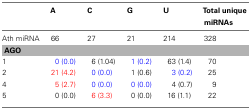
<table><thead><tr><td></td><td><b>A</b></td><td><b>C</b></td><td><b>G</b></td><td><b>U</b></td><td><b>Total unique miRNAs</b></td></tr></thead><tbody><tr><td>Ath miRNA</td><td>66</td><td>27</td><td>21</td><td>214</td><td>328</td></tr><tr><td colspan="6"><b>AGO</b></td></tr><tr><td>1</td><td>0 (0.0)</td><td>6 (1.04)</td><td>1 (0.2)</td><td>63 (1.4)</td><td>70</td></tr><tr><td>2</td><td>21 (4.2)</td><td>0 (0.0)</td><td>1 (0.6)</td><td>3 (0.2)</td><td>25</td></tr><tr><td>4</td><td>5 (2.7)</td><td>0 (0.0)</td><td>0 (0.0)</td><td>4 (0.7)</td><td>9</td></tr><tr><td>5</td><td>0 (0.0)</td><td>6 (3.3)</td><td>0 (0.0)</td><td>16 (1.1)</td><td>22</td></tr></tbody></table>